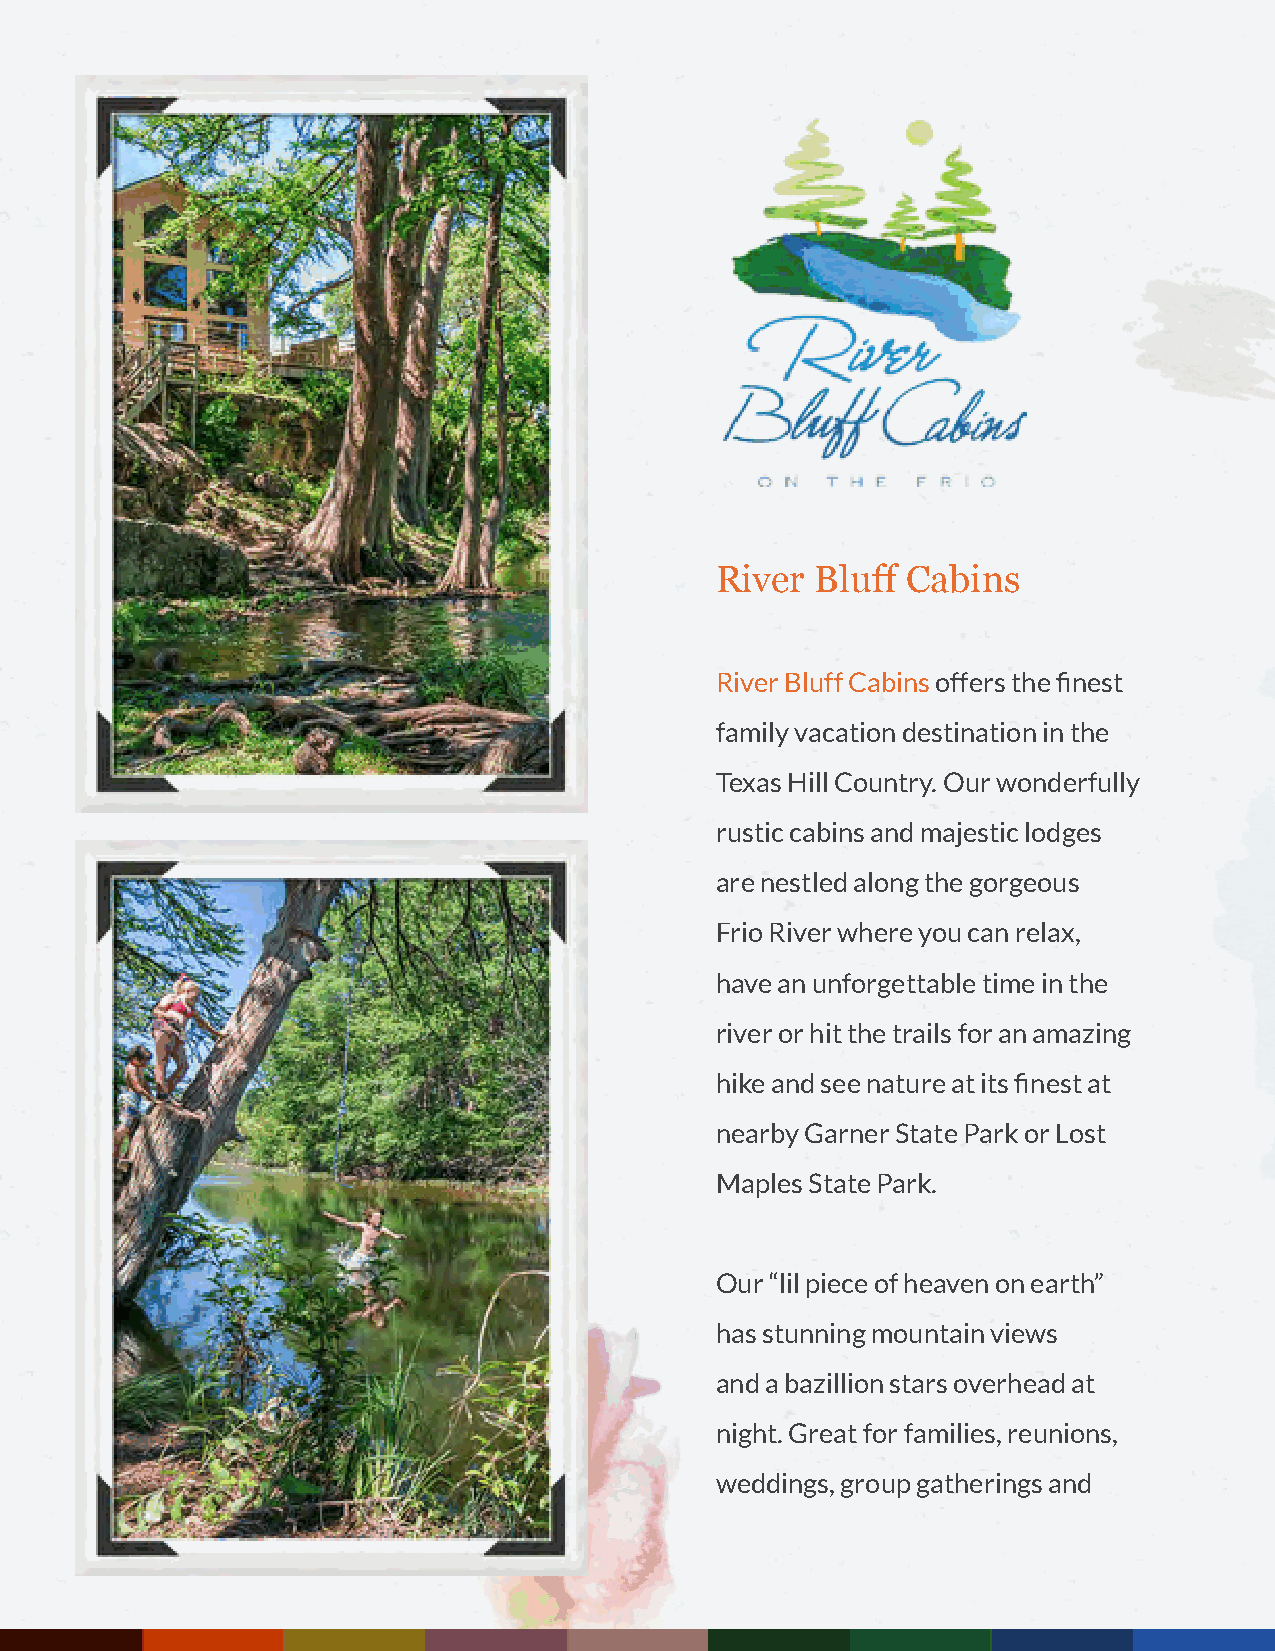
River  Bluff Cabins
 River Bluff Cabins offers the finest
 family vacation destination in the
 Texas Hill Country. Our wonderfully
 rustic cabins and majestic lodges
 are nestled along the gorgeous
 Frio River where you can relax,
 have an unforgettable time in the
 river or hit the trails for an amazing
 hike and see nature at its finest at
 nearby Garner State Park or Lost
 Maples State Park.
 Our “lil piece of heaven on earth”
 has stunning mountain views
 and a bazillion stars overhead at
 night. Great for families, reunions,
 weddings, group gatherings and